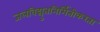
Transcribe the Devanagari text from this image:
जलविद्युतनिर्मितीकरता